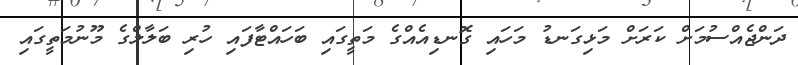
ދަންޖެއްސުމަށް ކަރަށް މަޅިގަނޑު މަހައި ގޮނޑިއެއްގެ މަތީގައި ބަހައްޓާފައި ހުރި ބަލާލްގެ މޫނުމަތީގައި